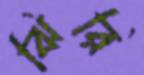
ঝিরি